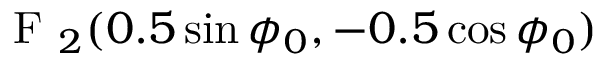
\displaystyle \mathrm { ~ F ~ } _ { 2 } ( 0 . 5 \sin \phi _ { 0 } , - 0 . 5 \cos \phi _ { 0 } )